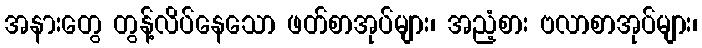
အနားတွေ တွန့်လိပ်နေသော ဖတ်စာအုပ်များ၊ အညံ့စား ဗလာစာအုပ်များ၊